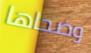
وضحاها